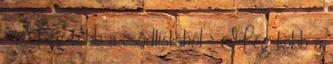
› Még több a csődlistából › Még több a